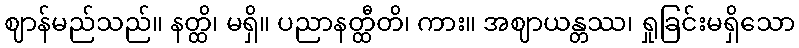
ဈာန်မည်သည်။ နတ္ထိ၊ မရှိ။ ပညာနတ္ထီတိ၊ ကား။ အဈာယန္တဿ၊ ရှုခြင်းမရှိသော